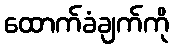
ထောက်ခံချက်ကို